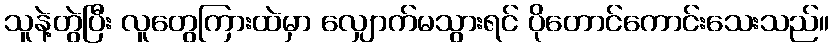
သူနဲ့တွဲပြီး လူတွေကြားထဲမှာ လျှောက်မသွားရင် ပိုတောင်ကောင်းသေးသည်။